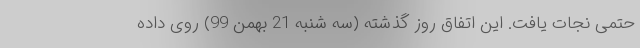
حتمی نجات یافت. این اتفاق روز گذشته (سه شنبه 21 بهمن 99) روی داده